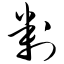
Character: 判